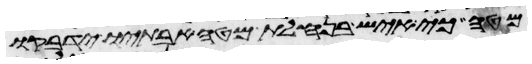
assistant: מטה כי איש בנחלת מטה אבתיו ידבקו